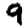
Digit: 9